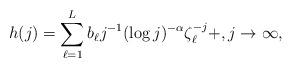
LaTeX: \begin{align*}h(j)=\sum_{\ell=1}^L b_\ell j^{-1}(\log j)^{-\alpha}\zeta_\ell^{-j} + , j\to\infty,\end{align*}